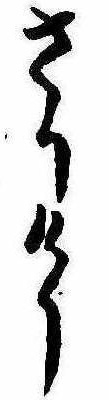
さりけり